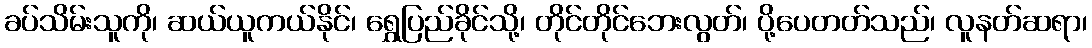
ခပ်သိမ်းသူကို၊ ဆယ်ယူကယ်နိုင်၊ ရွှေပြည်ခိုင်သို့၊ တိုင်တိုင်ဘေးလွတ်၊ ပို့ပေတတ်သည်၊ လူနတ်ဆရာ၊